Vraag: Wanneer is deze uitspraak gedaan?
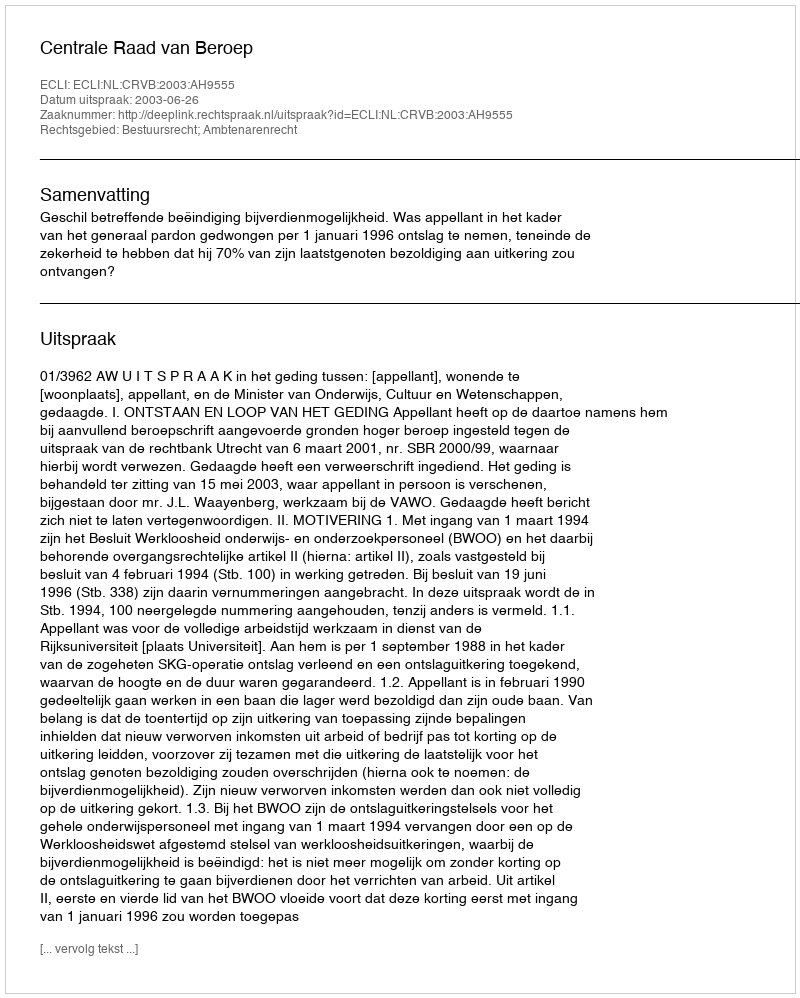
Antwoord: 2003-06-26